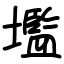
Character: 壏